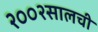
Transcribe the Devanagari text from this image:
२००२सालची